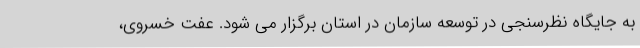
به جایگاه نظرسنجی در توسعه سازمان در استان برگزار می شود. عفت خسروی،